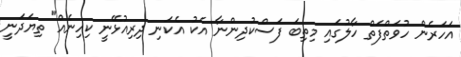
އަހަރެން ހުވަތްފަތް ހާލުގައި މިތިބަ ފަސްކުދިންނާ އެކު އެކަނި ދިރިއުޅޭނީ ކިހިނެއް" ތިޔަދަނީ